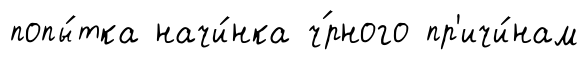
попы́тка начи́нка ч́рного пр'ичи́нам